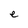
Character: e